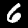
Label: 6